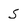
Character: s